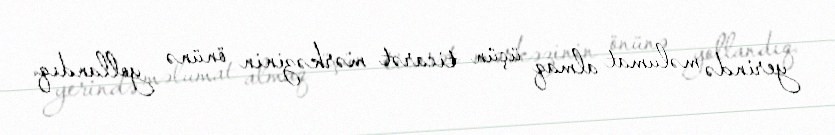
yerində məlumat almaq üçün ticarət mərkəzinin önünə yollandıq.